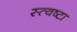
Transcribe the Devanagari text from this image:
स्त्वष्टा